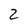
Character: 2